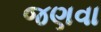
જણવા